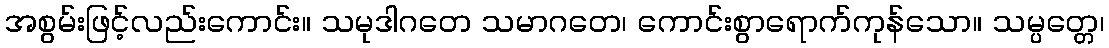
အစွမ်းဖြင့်လည်းကောင်း။ သမုဒါဂတေ သမာဂတေ၊ ကောင်းစွာရောက်ကုန်သော။ သမ္ပတ္တေ၊